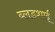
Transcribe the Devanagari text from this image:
ब्लडशाई